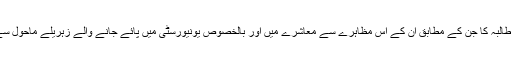
‘ یہ کہنا تھا پولیٹیکل سائینس کی طالبہ کا جن کے مطابق ان کے اس مظاہرے سے معاشرے میں اور بالخصوص یونیورسٹی میں پائے جانے والے زہریلے ماحول سے مقابلہ کرنے میں مدد ملے گی۔